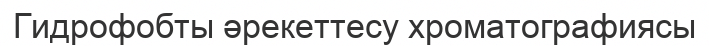
Гидрофобты әрекеттесу хроматографиясы